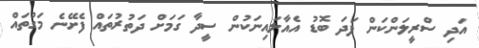
އަދި ސްރީލަންކަން ފަދަ ބޮޑު އެއާލައިނަކުން ސީދާ ގަމަށް ދަތުރުތައް ފެށޭނެ މަގުތައް